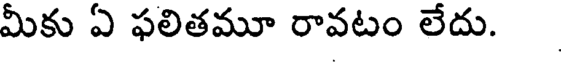
మీకు ఏ ఫలితమూ రావటం లేదు.